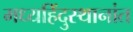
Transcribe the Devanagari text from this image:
मध्यहिंदुस्थानांत